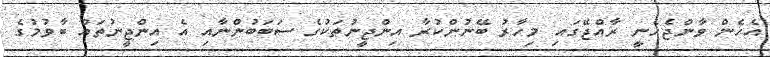
އެހެން ވާންޖެހެނީ ރާއްޖޭގައި މިހާރު ބޭނުންކުރާ އިންޖީނުތަކުގެ ސަބަބުންނާއި އެ އިންޖީނުތައް ބާވުމުގެ